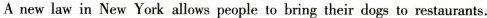
A new law in New York allows people to bring their dogs to restaurants.